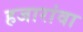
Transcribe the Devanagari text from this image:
हजारांवा